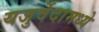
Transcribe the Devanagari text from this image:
यजुर्वेदामध्ये